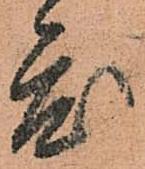
度